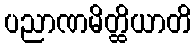
ပညာဏမိတ္ထိယာတိ